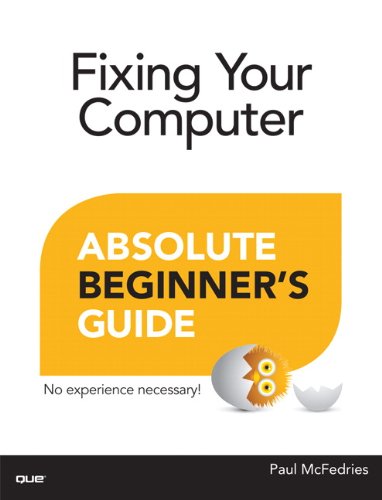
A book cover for Fixing Your Computer Absolute Beginner's Guide; Paul McFedries; Computers & Technology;